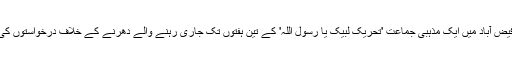
اسلام آباد ہائی کورٹ فیض آباد میں ایک مذہبی جماعت 'تحریکِ لبیک یا رسول اللہ' کے تین ہفتوں تک جاری رہنے والے دھرنے کے خلاف درخواستوں کی سماعت کر رہی ہے۔